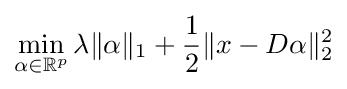
\min _{\alpha \in \mathbb {R} ^{p}}\lambda \|\alpha \|_{1}+{\frac {1}{2}}\|x-D\alpha \|_{2}^{2}